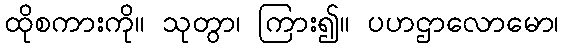
ထိုစကားကို။ သုတွာ၊ ကြား၍။ ပဟဌာလောမော၊